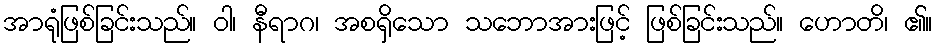
အာရုံဖြစ်ခြင်းသည်။ ဝါ၊ နီရာဂ၊ အစရှိသော သဘောအားဖြင့် ဖြစ်ခြင်းသည်။ ဟောတိ၊ ၏။